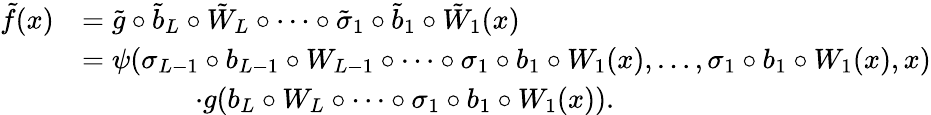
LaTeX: \begin{array}{rl}{\tilde{f}(x)}&{=\tilde{g}\circ\tilde{b}_{L}\circ\tilde{W}_{L}\circ\cdots\circ\tilde{\sigma}_{1}\circ\tilde{b}_{1}\circ\tilde{W}_{1}(x)}\\ &{=\psi(\sigma_{L-1}\circ b_{L-1}\circ W_{L-1}\circ\cdots\circ\sigma_{1}\circ b_{1}\circ W_{1}(x),\ldots,\sigma_{1}\circ b_{1}\circ W_{1}(x),x)}\\ &{\qquad\qquad\cdot g(b_{L}\circ W_{L}\circ\cdots\circ\sigma_{1}\circ b_{1}\circ W_{1}(x)).}\end{array}